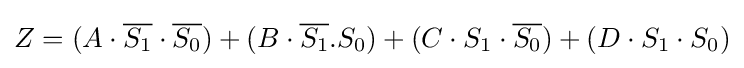
Z=(A\cdot {\overline {S_{1}}}\cdot {\overline {S_{0}}})+(B\cdot {\overline {S_{1}}}.S_{0})+(C\cdot S_{1}\cdot {\overline {S_{0}}})+(D\cdot S_{1}\cdot S_{0})